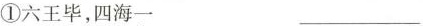
①六王毕，四海一 ___